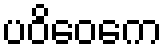
ပဝိဝေကေ